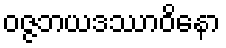
ဝဇ္ဇဘယဒဿာဝိနော